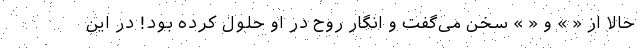
حالا از « » و « » سخن می‌گفت و انگار روح در او حلول کرده بود! در این